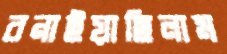
বনাইয়াছিলাম